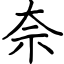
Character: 奈